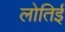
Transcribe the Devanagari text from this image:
लोतिई